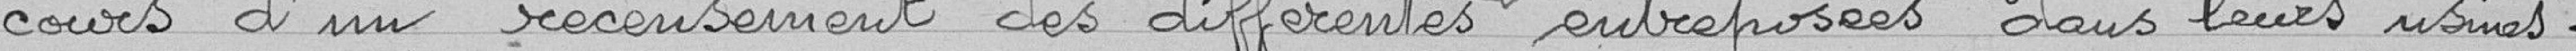
cours d'un recensement des différentes matières entreposées dans leurs usines.